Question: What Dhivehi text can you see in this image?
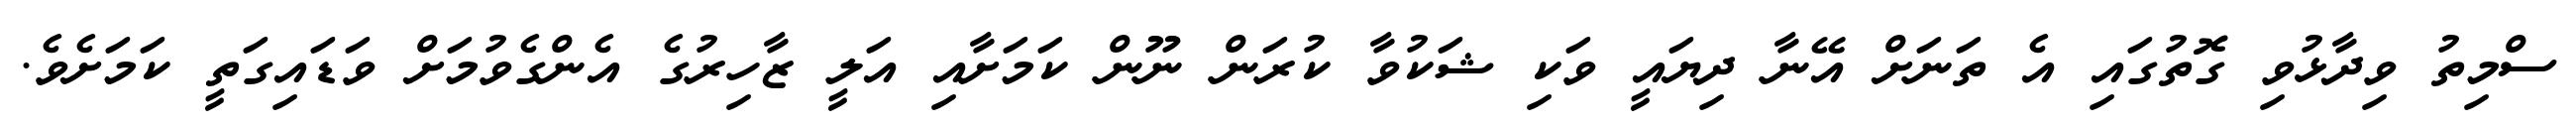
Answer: ސްމިތު ވިދާޅުވި ގޮތުގައި އެ ތަނަށް އޭނާ ދިޔައީ ވަކި ޝަކުވާ ކުރަން ނޫން ކަމަށާއި އަލީ ޒާހިރުގެ އެންގެވުމަށް ވަޑައިގަތީ ކަމަށެވެ.